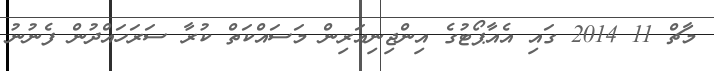
މާޗް 11 2014 ގައި އެއާޕޯޓުގެ އިންޖިނިއަރިން މަސައްކަތް ކުރާ ސަރަހައްދުން ފެނުނު